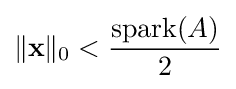
\|\mathbf {x} \|_{0}<{\frac {\mathrm {spark} (A)}{2}}